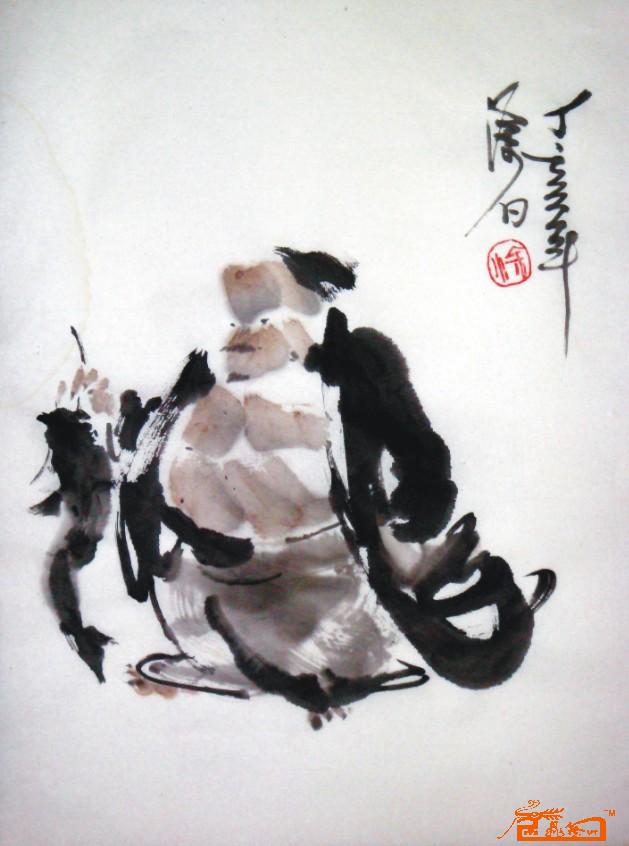
屋漏者民去之，水浅者鱼逃之，树高者鸟宿之，德厚者士趋之